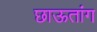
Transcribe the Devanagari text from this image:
छाऊतांग